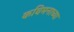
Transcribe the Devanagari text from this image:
कविमनाच्या